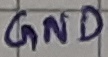
Text: GND